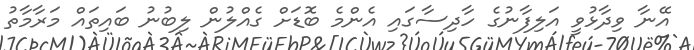
އޭނާ ވިދާޅުވީ އަލިފާނުގެ ހާދިސާގައި އެންމެ ބޮޑަށް ގެއްލުން ލިބުނު ބައިތައް މަރާމާތު